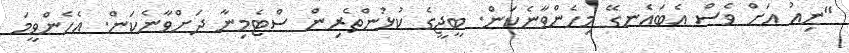
"ނިއު އަށް ވެސް އެބައެނގޭ މިހެންވާނެކަން. ބީޖީގެ ކުޅުންތެރިން ސްޓެމިނާ ދަށްވާނެކަން. އެހެންވީމަ